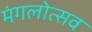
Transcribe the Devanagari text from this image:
मंगलोत्सव